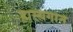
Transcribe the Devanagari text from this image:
हास्यगान